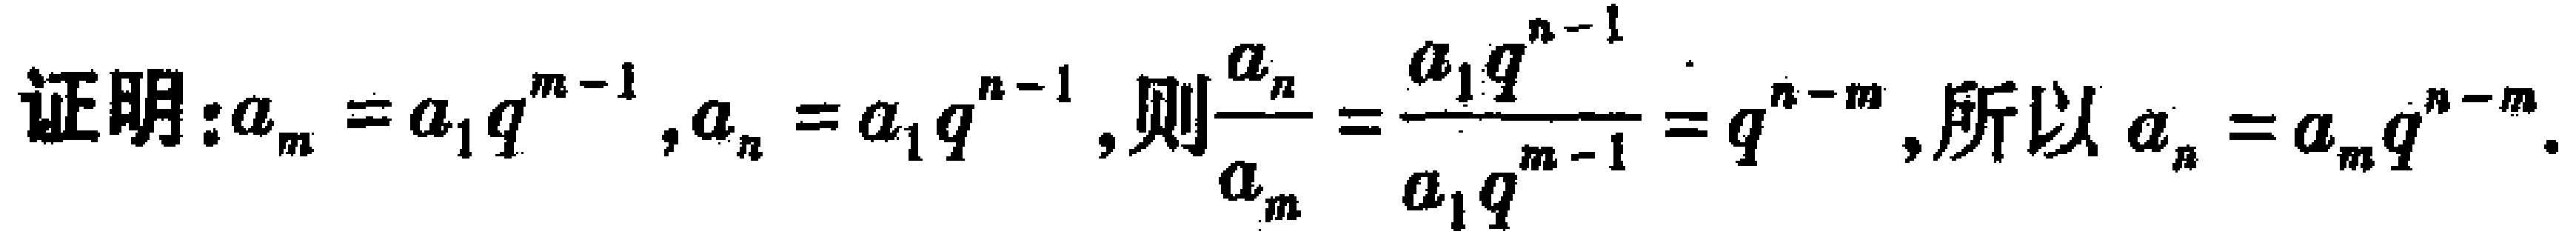
证明：$a_{m}=a_{1}q^{m - 1},a_{n}=a_{1}q^{n - 1}$, 则$\frac{a_{n}}{a_{m}}=\frac{a_{1}q^{n - 1}}{a_{1}q^{m - 1}} = q^{n - m}$, 所以$a_{n}=a_{m}q^{n - m}$.